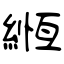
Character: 緪